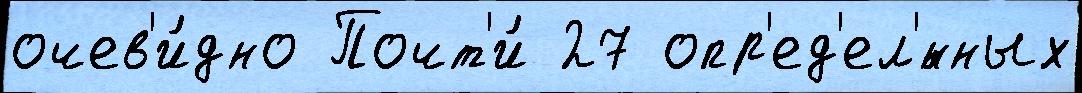
очев'и́дно Почт'и́ 27 опр'ед'ел'́нных